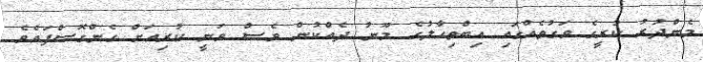
މެންދުރު ކުރީގެ ވަގުތެއްގައި އިބްތިހާލުގެ މޫނު ދެއްކުން ވެސް ވަނީ ކުރިއަށް ގެންގޮސްފައެވެ.